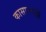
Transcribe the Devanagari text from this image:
कासारगल्ली